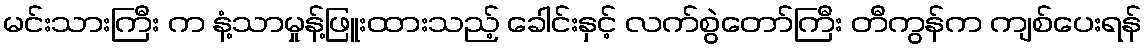
မင်းသားကြီး က နံ့သာမှုန့်ဖြူးထားသည့် ခေါင်းနှင့် လက်စွဲတော်ကြီး တီကွန်က ကျစ်ပေးရန်